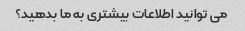
می توانید اطلاعات بیشتری به ما بدهید؟